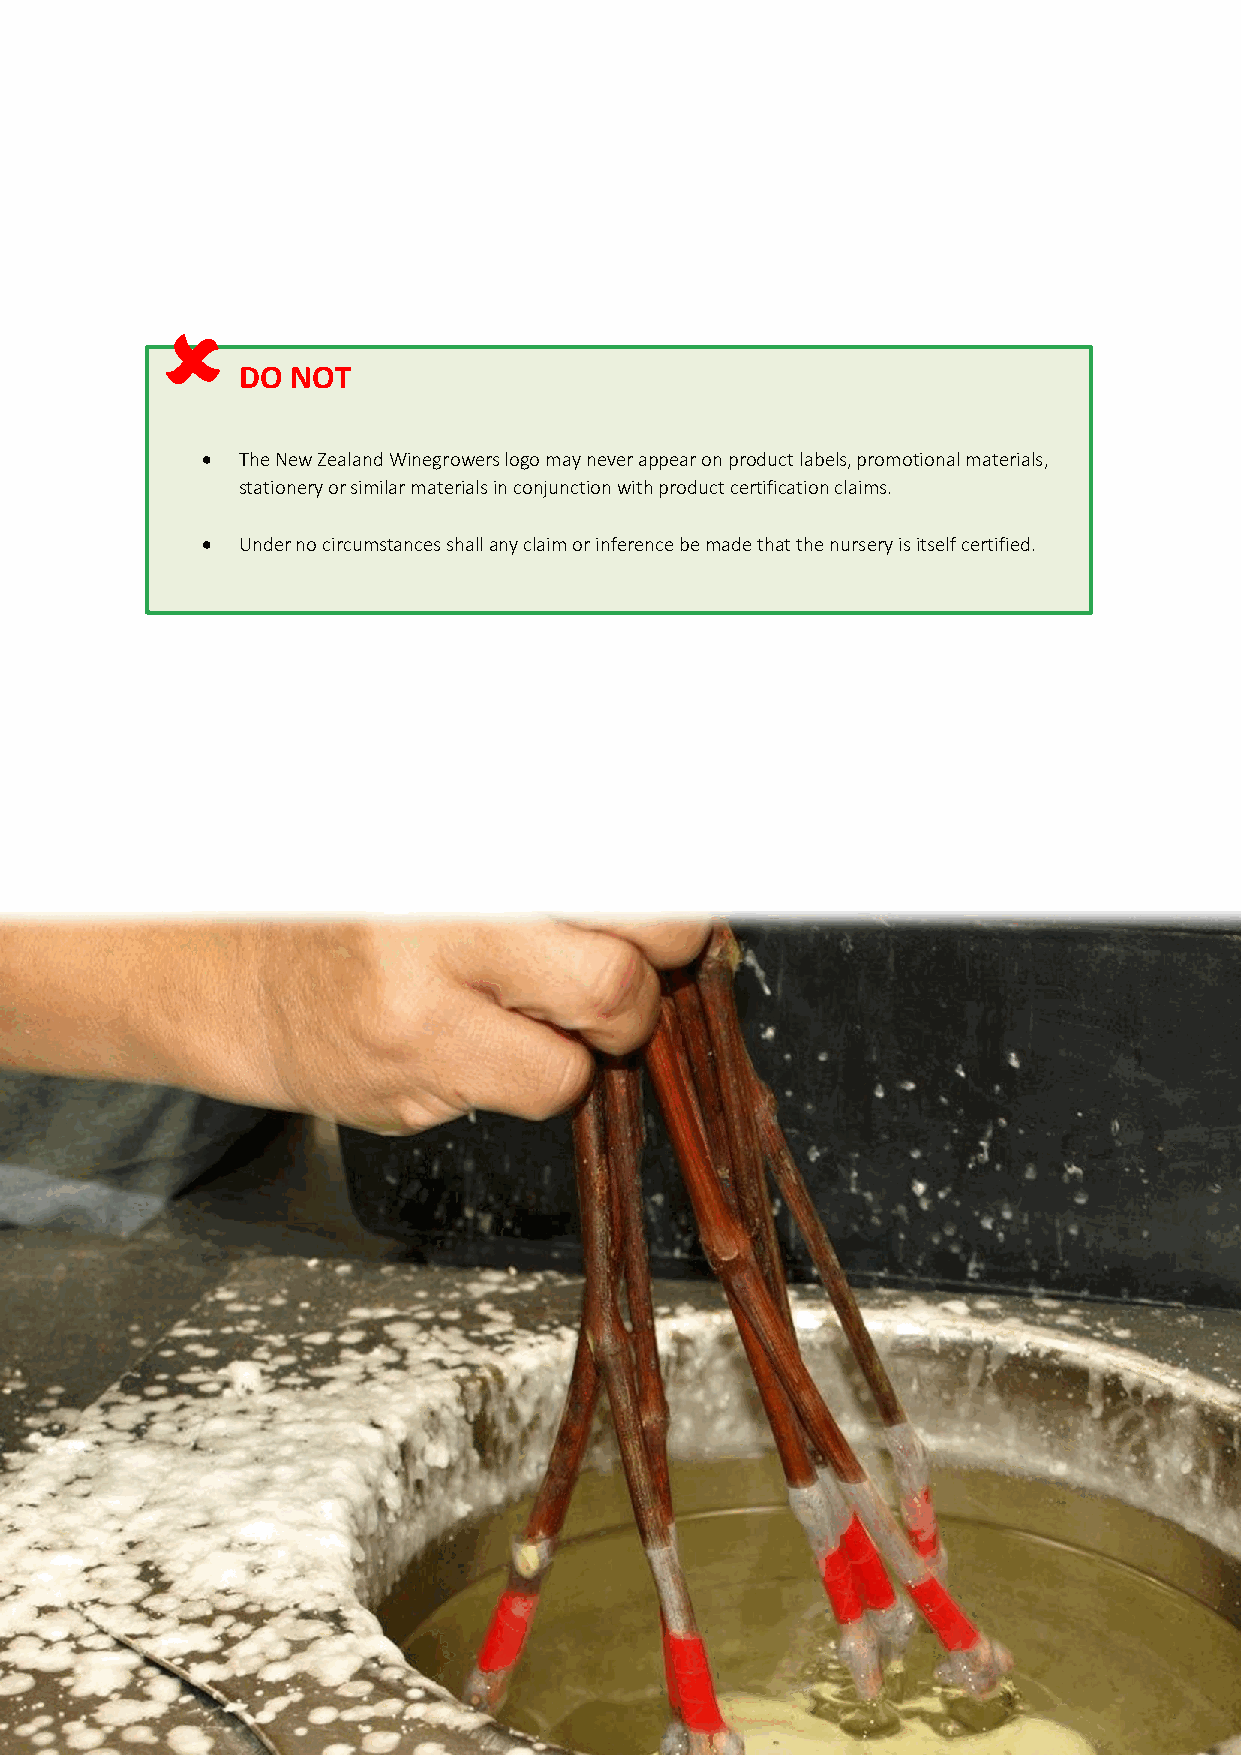

 DO NOT
   The New Zealand Winegrowers logo may never appear on product labels, promotional materials,
 stationery or similar materials in conjunction with product certification claims.
   Under no circumstances shall any claim or inference be made that the nursery is itself certified.
 27